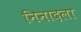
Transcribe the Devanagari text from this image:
निनादला